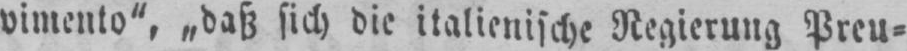
vimento“, „daß sich die italienische Regierung Preu⸗